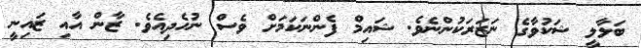
ބަލާލީ ޝަކުވާގެ ނަޒަރަކުންނެވެ. ޝައިމް ފެންނަކަމަށް ވެސް ނުހެދިއެވެ. ޒާން އާއި ޒައިނީ